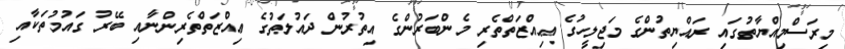
މިރަސްމިއްޔާތުގައި ރައްޔިތުންގެ މަޖިލީހުގެ ޢިއްޒަތްތެރި މެންބަރުންގެ އިތުރުން ދައުލަތުގެ ޢިއްޒަތްތެރިންނާއި ބޭރު ގައުމުތަކާއި